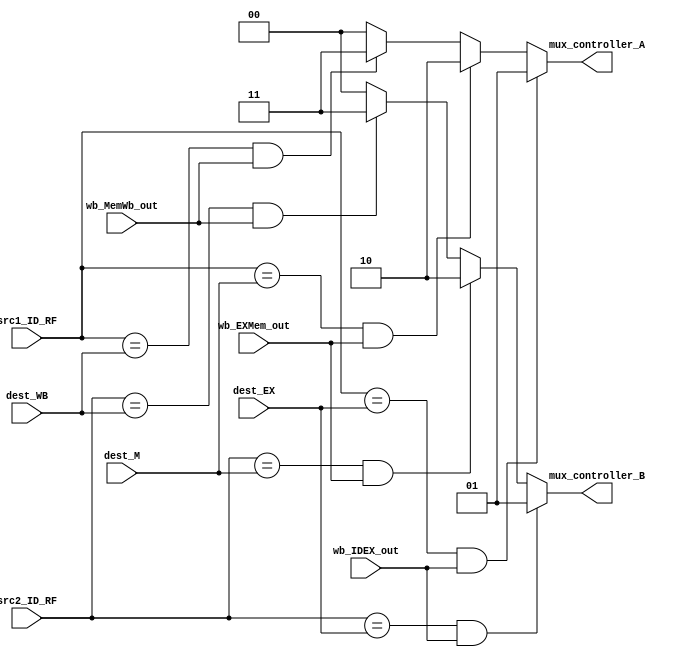
module Forward_Controller
(
mux_controller_A,
mux_controller_B,

src1_ID_RF,
src2_ID_RF,
dest_EX,
dest_M,
dest_WB,
wb_IDEX_out,
wb_EXMem_out,wb_MemWb_out);

output reg [1:0] mux_controller_A, mux_controller_B;
input [2:0] src1_ID_RF, src2_ID_RF, dest_EX, dest_M, dest_WB;

input wb_IDEX_out,wb_EXMem_out,wb_MemWb_out;
initial
begin
	mux_controller_A = 2'b00;
	mux_controller_B = 2'b00;
end

always @ (src1_ID_RF, dest_EX, dest_M, dest_WB,wb_IDEX_out,wb_EXMem_out,wb_MemWb_out)
begin
	if(src1_ID_RF == dest_EX && wb_IDEX_out)
		mux_controller_A <= 2'b01;
		
	else if(src1_ID_RF == dest_M && wb_EXMem_out)
		mux_controller_A <= 2'b10;
		
	else if(src1_ID_RF == dest_WB && wb_MemWb_out)
		mux_controller_A <= 2'b11;
		
	else
		mux_controller_A <= 2'b00;
end

always @ (src2_ID_RF, dest_EX, dest_M, dest_WB, wb_IDEX_out,wb_EXMem_out,wb_MemWb_out)
begin
	if(src2_ID_RF == dest_EX && wb_IDEX_out)
		mux_controller_B <= 2'b01;
		
	else if(src2_ID_RF == dest_M && wb_EXMem_out)
		mux_controller_B <= 2'b10;
		
	else if(src2_ID_RF == dest_WB && wb_MemWb_out)
		mux_controller_B <= 2'b11;
		
	else
		mux_controller_B <= 2'b00;
end

endmodule